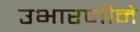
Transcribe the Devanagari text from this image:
उभारणीने